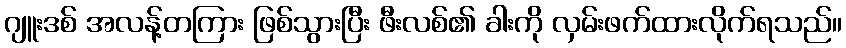
ဂျူးဒစ် အလန့်တကြား ဖြစ်သွားပြီး ဖီးလစ်၏ ခါးကို လှမ်းဖက်ထားလိုက်ရသည်။